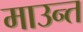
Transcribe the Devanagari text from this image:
माउन्त